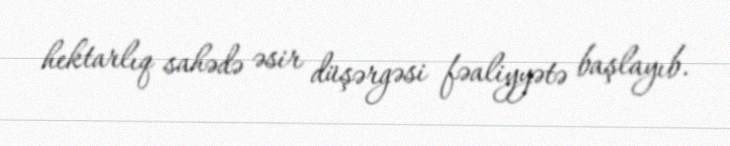
hektarlıq sahədə əsir düşərgəsi fəaliyyətə başlayıb.